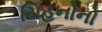
ચિહનોનો